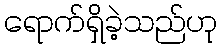
ရောက်ရှိခဲ့သည်ဟု